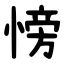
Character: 㥬